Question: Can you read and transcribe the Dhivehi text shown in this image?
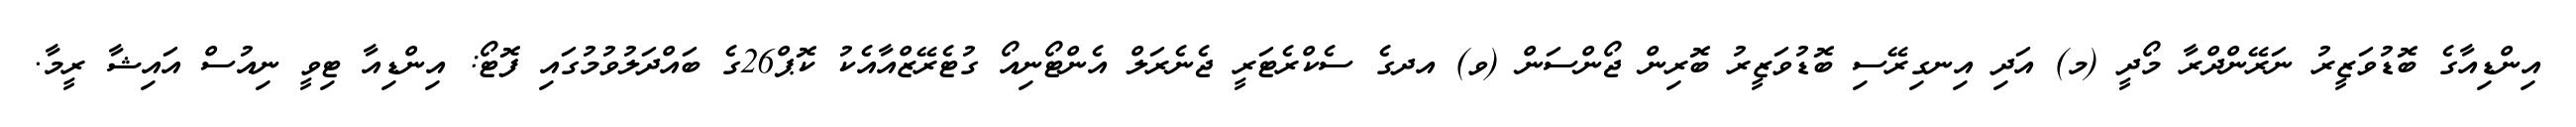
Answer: އިންޑިއާގެ ބޮޑުވަޒީރު ނަރޭންދްރާ މޯދީ (މ) އަދި އިނގިރޭސި ބޮޑުވަޒީރު ބޮރިން ޖޯންސަން (ވ) އދގެ ސެކްރެޓަރީ ޖެނެރަލް އެންޓޯނިއޯ ގުޓެރޭޒްއާއެކު ކޮޕް26ގެ ބައްދަލުވުމުގައި ފޮޓޯ: އިންޑިއާ ޓިވީ ނިއުސް އައިޝާ ރީމާ.